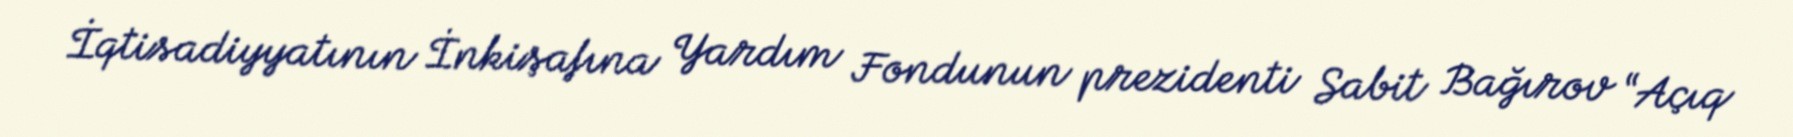
İqtisadiyyatının İnkişafına Yardım Fondunun prezidenti Sabit Bağırov “Açıq